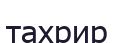
тахрир